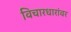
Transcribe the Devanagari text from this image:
विचारधारांवर